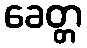
ခေတ္တ